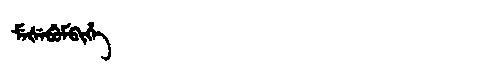
Manchu: ᠮᡝᡧᡝᠪᡠᠮᠪᡳᡥᡝ
Romanization: MEŠEBUMBIHE